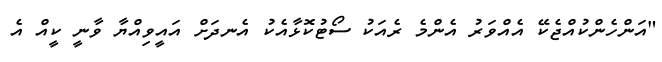
"އަންހެންކުއްޖެކޭ އެއްވަރު އެންމެ ރެއަކު ސޯޓުކޮޅާއެކު އެނދަށް އައީވިއްޔާ ވާނީ ކީއް އެ